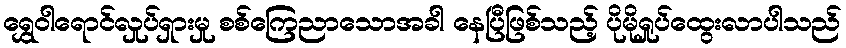
ရွှေဝါရောင်လှုပ်ရှားမှု စစ်ကြေညာသောအခါ နေပြီဖြစ်သည့် ပိုမိုရှုပ်ထွေးလာပါသည်